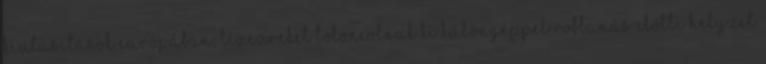
kiutasítások Európában, tízezreket toloncolnak ki különgéppel Robbanás előtti helyzet